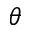
\theta